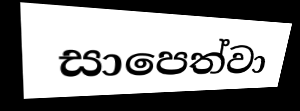
සාපෙත්වා